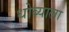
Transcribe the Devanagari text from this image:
धोब्याला